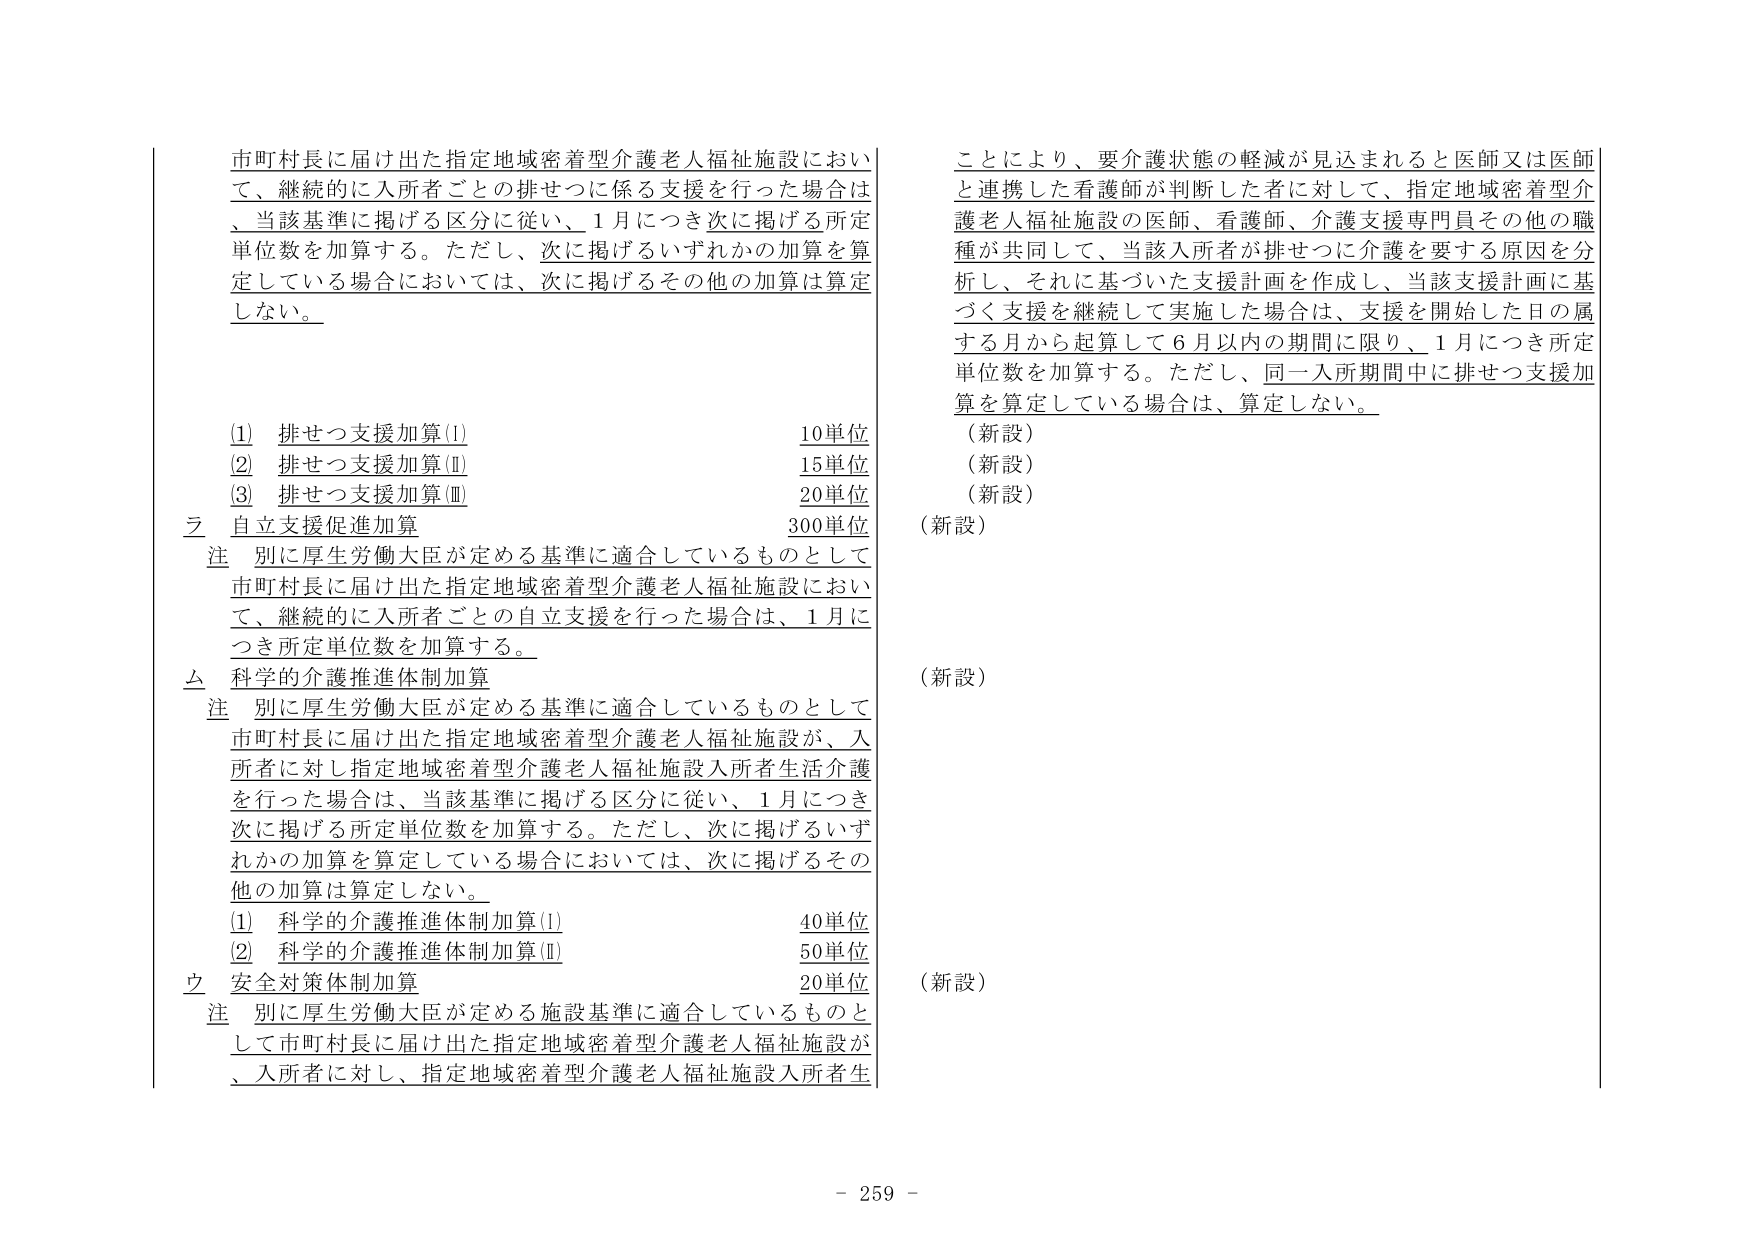
市町村長に届け出た指定地域密着型介護老人福祉施設において、継続的に入所者ごとの排せつに係る支援を行った場合は、当該基準に掲げる区分に従い、1月につき次に掲げる所定単位数を加算する。ただし、次に掲げるいずれかの加算を算定している場合においては、次に掲げるその他の加算は算定しない。

(1) 排せつ支援加算(Ⅰ) 10単位
(2) 排せつ支援加算(Ⅱ) 15単位
(3) 排せつ支援加算(Ⅲ) 20単位

乙 自立支援促進加算 300単位
注 別に厚生労働大臣が定める基準に適合しているものとして市町村長に届け出た指定地域密着型介護老人福祉施設において、継続的に入所者ごとの自立支援を行った場合は、1月につき所定単位数を加算する。

丙 科学的介護推進体制加算
注 別に厚生労働大臣が定める基準に適合しているものとして市町村長に届け出た指定地域密着型介護老人福祉施設が、入所者に対し指定地域密着型介護老人福祉施設入所者生活介護を行った場合は、当該基準に掲げる区分に従い、1月につき次に掲げる所定単位数を加算する。ただし、次に掲げるいずれかの加算を算定している場合においては、次に掲げるその他の加算は算定しない。

(1) 科学的介護推進体制加算(Ⅰ) 40単位
(2) 科学的介護推進体制加算(Ⅱ) 50単位

丁 安全対策体制加算 20単位
注 別に厚生労働大臣が定める施設基準に適合しているものとして市町村長に届け出た指定地域密着型介護老人福祉施設が、入所者に対し、指定地域密着型介護老人福祉施設入所者生

ことにより、要介護状態の軽減が見込まれると医師又は医師と連携した看護師が判断した者に対して、指定地域密着型介護老人福祉施設の医師、看護師、介護支援専門員その他の職種が共同して、当該入所者が排せつに介護を要する原因を分析し、それに基づいた支援計画を作成し、当該支援計画に基づく支援を継続して実施した場合は、支援を開始した日の属する月から起算して6月以内の期間に限り、1月につき所定単位数を加算する。ただし、同一入所期間中に排せつ支援加算を算定している場合は、算定しない。

（新設）
（新設）
（新設）
（新設）
（新設）
（新設）

- 259 -